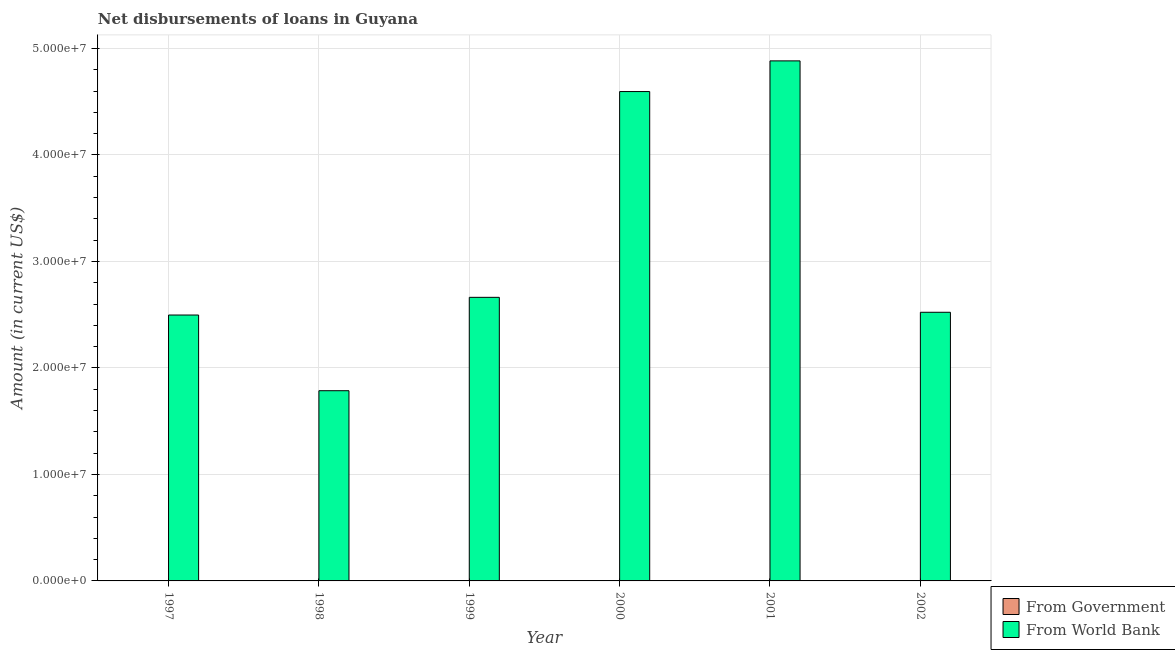
| Year | From Government | From World Bank |
 | --- | --- | --- |
 | 1997 | -6.72e+06 | 2.5e+07 |
 | 1998 | -7.82e+06 | 1.79e+07 |
 | 1999 | -7.34e+06 | 2.66e+07 |
 | 2000 | -4.14e+06 | 4.6e+07 |
 | 2001 | -2.16e+06 | 4.88e+07 |
 | 2002 | -8.21e+06 | 2.52e+07 |